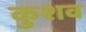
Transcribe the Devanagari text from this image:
कुशव